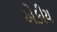
એકીય